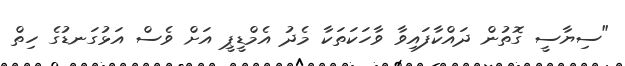
"ސިޔާސީ ގޮތުން ދައްކާފައިވާ ވާހަކަތަކާ މެދު އެމްޑީޕީ އަށް ވެސް އަޅުގަނޑުގެ ހިތް